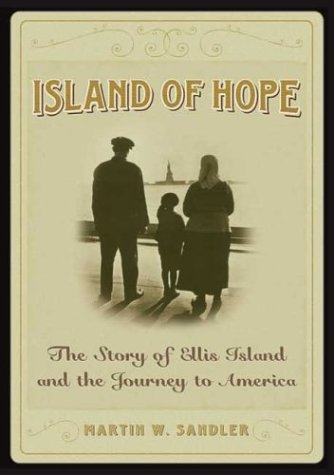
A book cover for Island Of Hope: The Story of Ellis Island and the Journey to America; Martin W. Sandler; Children's Books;